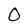
Character: O